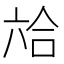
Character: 𰃣